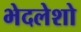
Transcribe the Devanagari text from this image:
भेदलेशो